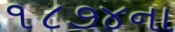
૧૮૭૪ના